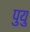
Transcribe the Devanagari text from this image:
पुयु